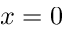
x = 0